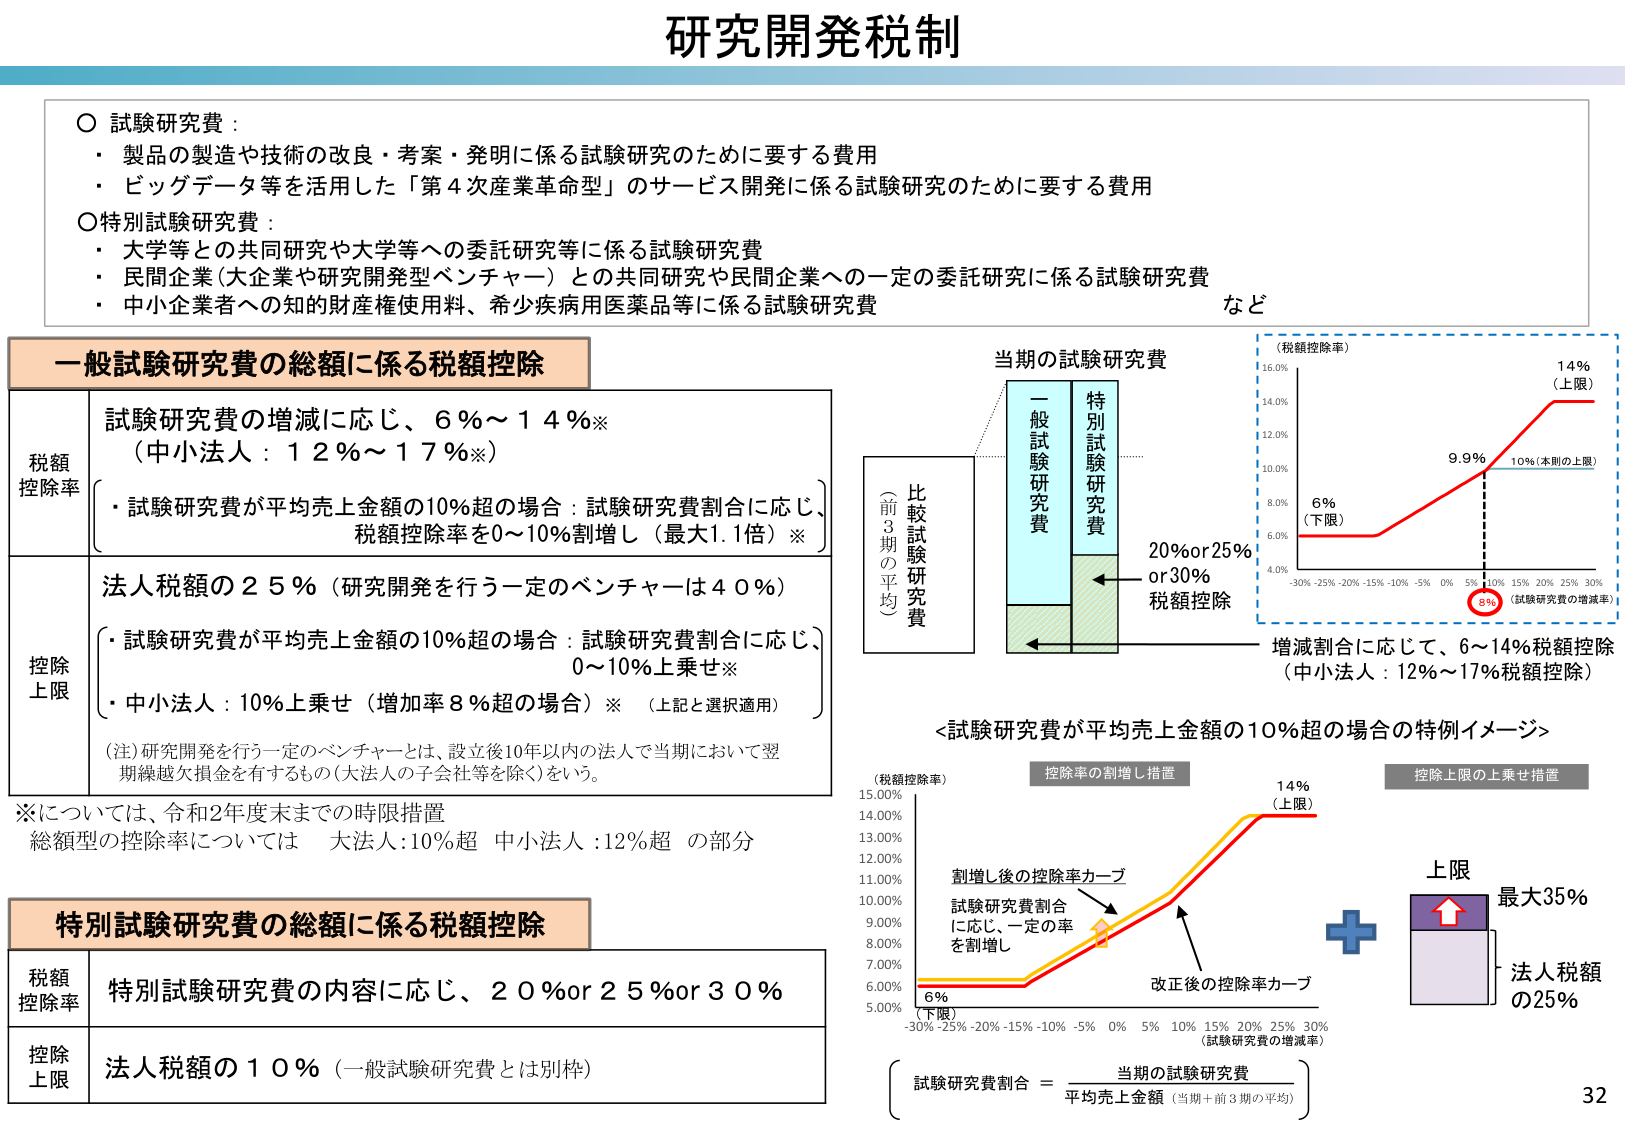
研究開発税制

○ 試験研究費：
・製品の製造や技術の改良・考案・発明に係る試験研究のために要する費用
・ビッグデータ等を活用した「第4次産業革命型」のサービス開発に係る試験研究のために要する費用

○ 特別試験研究費：
・大学等との共同研究や大学等への委託研究等に係る試験研究費
・民間企業（大企業や研究開発型ベンチャー）との共同研究や民間企業への一定の委託研究に係る試験研究費
・中小企業者への知的財産権使用料、希少疾病用医薬品等に係る試験研究費
など

一般試験研究費の総額に係る税額控除

税額控除率
試験研究費の増減に応じ、6％～14％※
（中小法人：12％～17％※）
・試験研究費が平均売上金額の10％超の場合：試験研究費割合に応じ、税額控除率を0～10％割増し（最大1.1倍）※

控除上限
法人税額の25％（研究開発を行う一定のベンチャーは40％）
・試験研究費が平均売上金額の10％超の場合：試験研究費割合に応じ、0～10％上乗せ※
・中小法人：10％上乗せ（増加率8％超の場合）※（上記と選択適用）

（注）研究開発を行う一定のベンチャーとは、設立後10年以内の法人で当期において翌期繰越欠損金を有するもの（大法人の子会社等を除く）をいう。

※については、令和2年度末までの時限措置
総額型の控除率については　大法人：10％超　中小法人：12％超　の部分

特別試験研究費の総額に係る税額控除

税額控除率
特別試験研究費の内容に応じ、20％or25％or30％

控除上限
法人税額の10％（一般試験研究費とは別枠）

当期の試験研究費
一般試験研究費
特別試験研究費
比較試験研究費（前3期の平均）

（税額控除率）
16.0%
14.0%
12.0%
10.0%
8.0%
6.0%
4.0%
-30% -25% -20% -15% -10% -5% 0% 5% 10% 15% 20% 25% 30%
（試験研究費の増減率）
6%（下限）
9.9%
10%（本則の上限）
14%（上限）
8%（試験研究費の増減率）

増減割合に応じて、6～14%税額控除
（中小法人：12%～17%税額控除）

<試験研究費が平均売上金額の10%超の場合の特例イメージ>

（税額控除率）
15.00%
14.00%
13.00%
12.00%
11.00%
10.00%
9.00%
8.00%
7.00%
6.00%
5.00%
-30% -25% -20% -15% -10% -5% 0% 5% 10% 15% 20% 25% 30%
（試験研究費の増減率）

控除率の割増し措置
割増し後の控除率カーブ
試験研究費割合に応じ、一定の率を割増し
改正後の控除率カーブ
6%（下限）
14%（上限）

控除上限の上乗せ措置
上限
最大35%
法人税額の25%

試験研究費割合 = 当期の試験研究費 / 平均売上金額（当期＋前3期の平均）

32